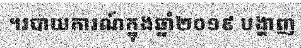
។របាយការណ៍ក្នុងឆ្នាំ២០១៩ បង្ហាញ